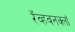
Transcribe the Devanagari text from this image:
रॅव्हवनक्लॉ